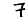
Digit: 7